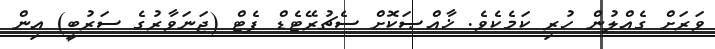
ވަރަށް ގެއްލުން ހުރި ކަމެކެވެ. ޚާއްޞަކޮށް ސެޗުރޭޓެޑް ފެޓް (ޖަނަވާރުގެ ސަރުބީ) އިން